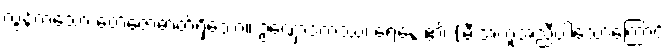
လွန်ကဲသော တေဇောဓာတ်ရှိသော။ ဥဏှောဒကဿ၊ ရေနွေး၏ (မီးအကူအညီပါသောကြောင့်